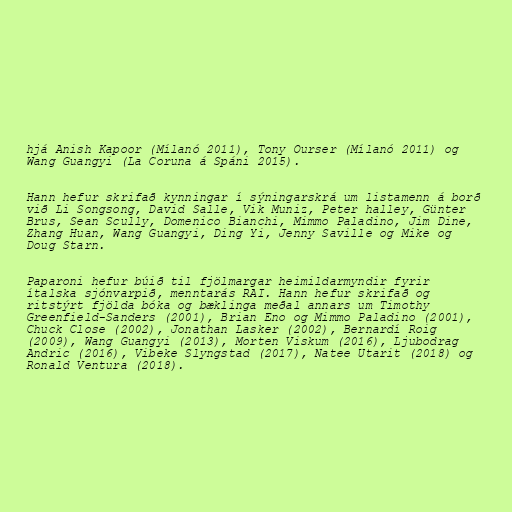
hjá Anish Kapoor (Mílanó 2011), Tony Ourser (Mílanó 2011) og
Wang Guangyi (La Coruna á Spáni 2015).

Hann hefur skrifað kynningar í sýningarskrá um listamenn á borð
við Li Songsong, David Salle, Vik Muniz, Peter halley, Günter
Brus, Sean Scully, Domenico Bianchi, Mimmo Paladino, Jim Dine,
Zhang Huan, Wang Guangyi, Ding Yi, Jenny Saville og Mike og
Doug Starn.

Paparoni hefur búið til fjölmargar heimildarmyndir fyrir
ítalska sjónvarpið, menntarás RAI. Hann hefur skrifað og
ritstýrt fjölda bóka og bæklinga meðal annars um Timothy
Greenfield-Sanders (2001), Brian Eno og Mimmo Paladino (2001),
Chuck Close (2002), Jonathan Lasker (2002), Bernardí Roig
(2009), Wang Guangyi (2013), Morten Viskum (2016), Ljubodrag
Andric (2016), Vibeke Slyngstad (2017), Natee Utarit (2018) og
Ronald Ventura (2018).